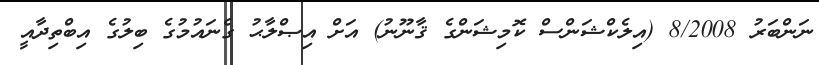
ނަންބަރު 8/2008 (އިލެކްޝަންސް ކޮމިޝަންގެ ޤާނޫނު) އަށް އިޞްލާޙު ގެނައުމުގެ ބިލުގެ އިބްތިދާއީ